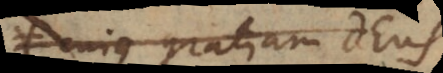
cujus gratiam Deus